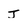
Character: j